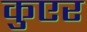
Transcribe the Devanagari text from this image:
कुएर